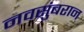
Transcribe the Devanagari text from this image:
नवसुंबरान